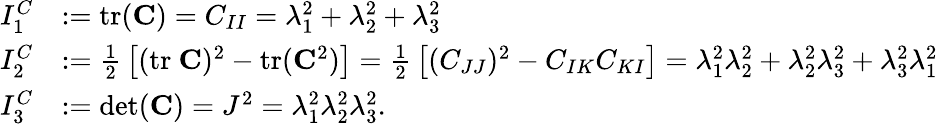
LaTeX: {\begin{array}{rl}{I_{1}^{C}}&{:={\mathrm{tr}}(\mathbf{C})=C_{II}=\lambda_{1}^{2}+\lambda_{2}^{2}+\lambda_{3}^{2}}\\ {I_{2}^{C}}&{:={\frac{1}{2}}\left[({\mathrm{tr}}~\mathbf{C})^{2}-{\mathrm{tr}}(\mathbf{C}^{2})\right]={\frac{1}{2}}\left[(C_{JJ})^{2}-C_{IK}C_{KI}\right]=\lambda_{1}^{2}\lambda_{2}^{2}+\lambda_{2}^{2}\lambda_{3}^{2}+\lambda_{3}^{2}\lambda_{1}^{2}}\\ {I_{3}^{C}}&{:=\operatorname*{det}(\mathbf{C})=J^{2}=\lambda_{1}^{2}\lambda_{2}^{2}\lambda_{3}^{2}.}\end{array}}